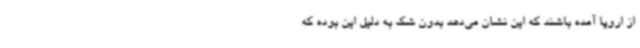
از اروپا آمده باشند که این نشان می‌دهد بدون شک به دلیل این بوده که